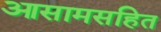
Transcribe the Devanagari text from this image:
आसामसहित